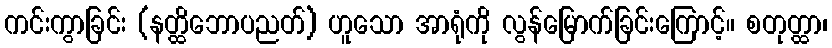
ကင်းကွာခြင်း (နတ္ထိဘောပညတ်) ဟူသော အာရုံကို လွန်မြောက်ခြင်းကြောင့်။ စတုတ္ထာ၊